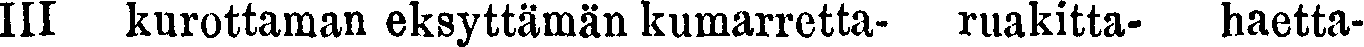
III kurottaman eksyttämän kumarretta- ruakitta- haetta-